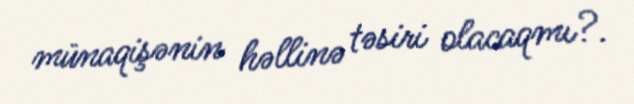
münaqişənin həllinə təsiri olacaqmı?.